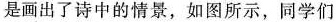
是画出了诗中的情景，如图所示，同学们